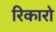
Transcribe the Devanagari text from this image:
रिकारो